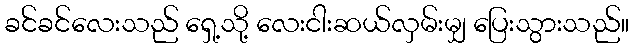
ခင်ခင်လေးသည် ရှေ့သို့ လေးငါးဆယ်လှမ်းမျှ ပြေးသွားသည်။